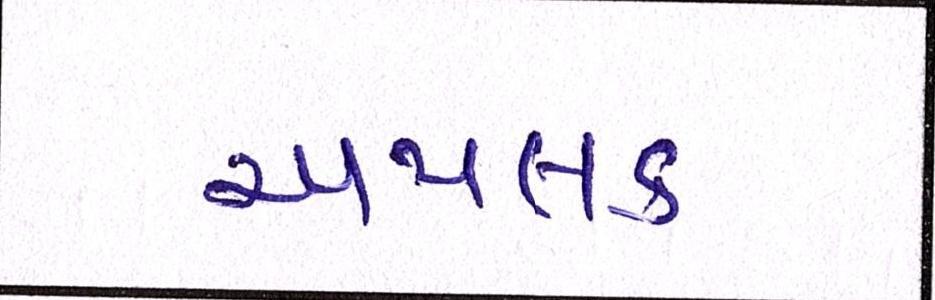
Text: અપલક